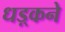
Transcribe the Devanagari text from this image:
धड़्कने